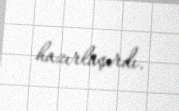
hazırlaşırdı.